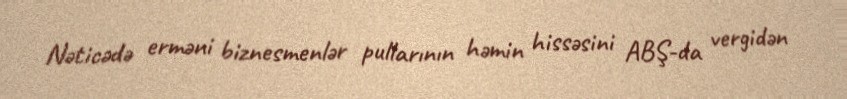
Nəticədə erməni biznesmenlər pullarının həmin hissəsini ABŞ-da vergidən